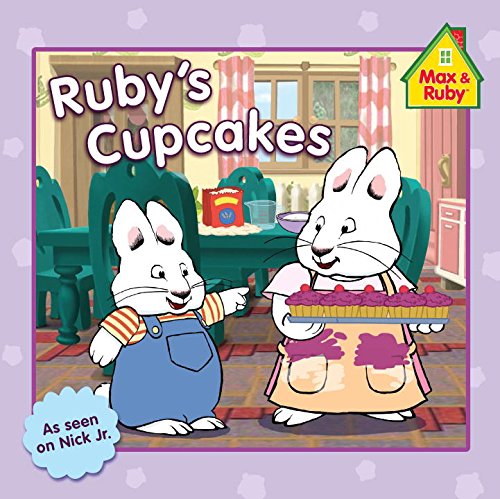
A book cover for Ruby's Cupcakes (Max and Ruby); Grosset & Dunlap; Children's Books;